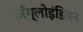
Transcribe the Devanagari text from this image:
अँग्लोइंडियन